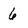
Character: 6